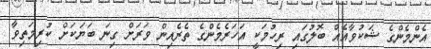
އެންމެންގެ ޝަކުވާއެއް ބޮލުގައި ރިހުމަކީ އަހަރެމެންގެ ތެރެއިން ވަރަށް ގިނަ ބަޔަކަށް ކުރިމަތިވާ